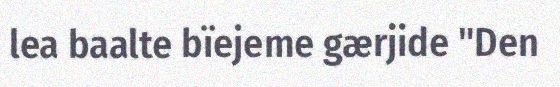
lea baalte bïejeme gærjide "Den